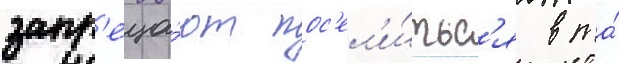
запр'еща́ют пос'ел'и́тьс'я в та́